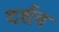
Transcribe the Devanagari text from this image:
दर्शव